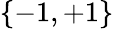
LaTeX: \{ -1,+1\}